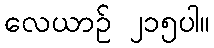
လေယာဉ် ၂၁၅ပါ။